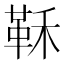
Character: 鞂